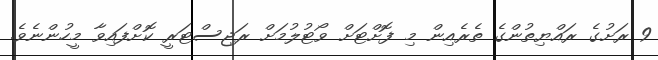
9 ރަށުގެ ރައްޔިތުންގެ ތެރެއިން މި ފޮށްޓަށް ވޯޓުލުމަށް ރަޖިސްޓަރީ ކޮށްފައިވާ މީހުންނެވެ.